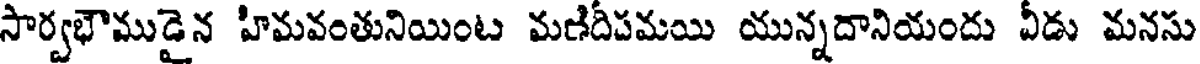
సార్వభౌముడైన హిమవంతునియింట మణిదీపమయి యున్నదానియందు వీడు మనసు